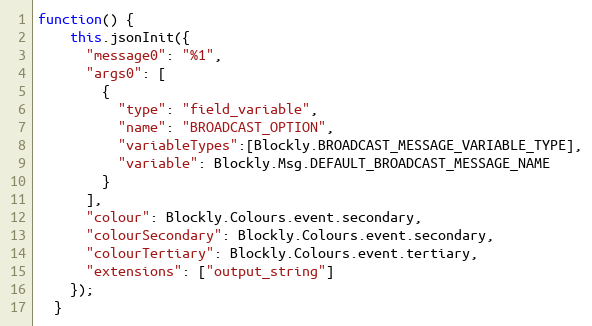
Language: JavaScript
function() {
    this.jsonInit({
      "message0": "%1",
      "args0": [
        {
          "type": "field_variable",
          "name": "BROADCAST_OPTION",
          "variableTypes":[Blockly.BROADCAST_MESSAGE_VARIABLE_TYPE],
          "variable": Blockly.Msg.DEFAULT_BROADCAST_MESSAGE_NAME
        }
      ],
      "colour": Blockly.Colours.event.secondary,
      "colourSecondary": Blockly.Colours.event.secondary,
      "colourTertiary": Blockly.Colours.event.tertiary,
      "extensions": ["output_string"]
    });
  }